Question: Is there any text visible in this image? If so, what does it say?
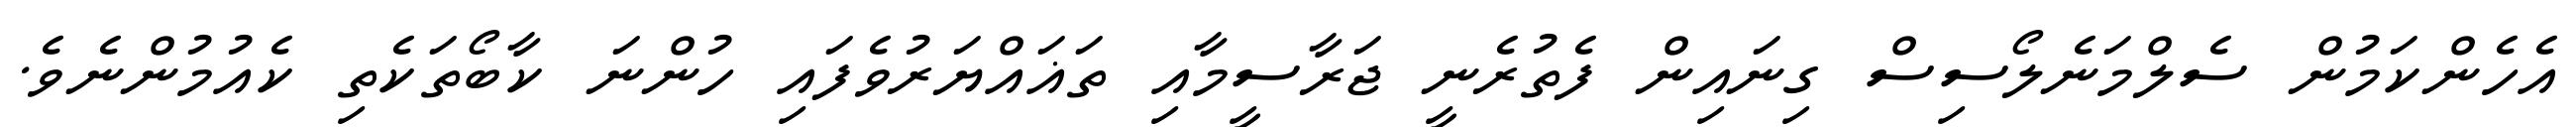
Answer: އެހެންކަމުން ސެލްމަނެލޯސިސް ގިނައިން ފެތުރެނީ ޖަރާސީމާއި ތަޣައްޔަރުވެފައި ހުންނަ ކާބޯތަކެތި ކެއުމުންނެވެ.